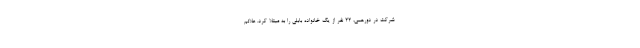
شرکت در دورهمی، ۲۲ نفر از یک خانواده بابلی را به مبتلا کرد. علائم